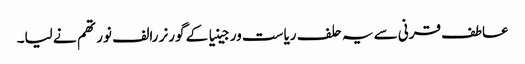
عاطف قرنی سے یہ حلف ریاست ورجینیا کے گورنر رالف نورتھم نے لیا۔